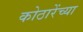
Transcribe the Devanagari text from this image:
कोठारेंच्या